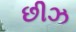
છીઝ